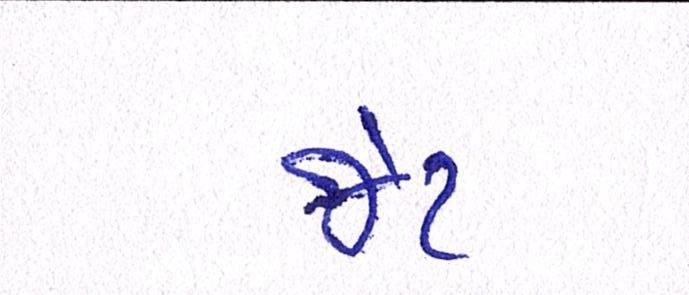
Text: જેટ